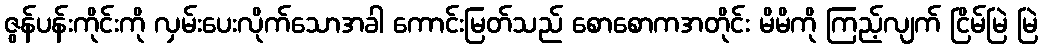
ဇွန်ပန်းကိုင်းကို လှမ်းပေးလိုက်သောအခါ ကောင်းမြတ်သည် စောစောကအတိုင်း မိမိကို ကြည့်လျက် ငြိမ်မြဲ မြဲ